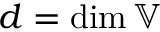
d = \dim \mathbb { V }